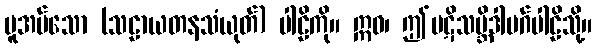
မူအပ်သော (သဠာယတနသံယုတ်) ပါဠိကို။ ဣဓ၊ ဤပဋိသမ္ဘိဒါမဂ်ပါဠိသို့။